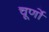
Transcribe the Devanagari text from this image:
चूर्णो